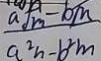
\frac { a \sqrt { m } - b m } { a ^ { 2 } n - b ^ { 2 } m }